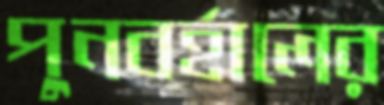
পুনবর্হালের